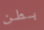
بطن